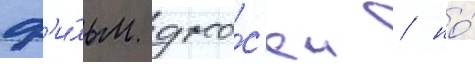
ф'и́льм ужа́с'ен / но́